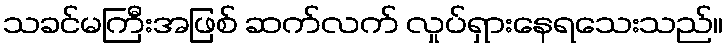
သခင်မကြီးအဖြစ် ဆက်လက် လှုပ်ရှားနေရသေးသည်။